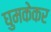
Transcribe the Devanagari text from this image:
घुमकेकर